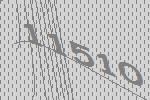
11510